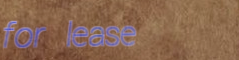
for lease